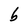
Character: b